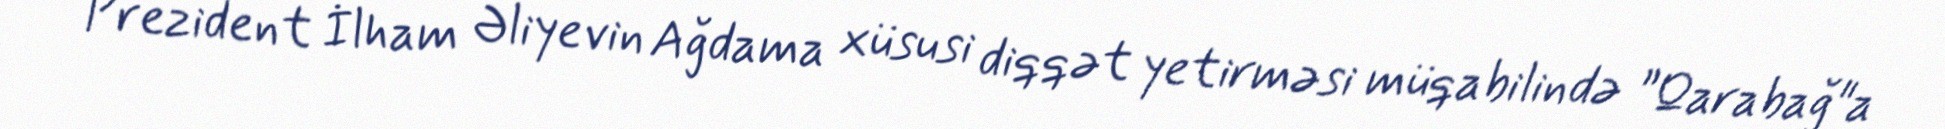
Prezident İlham Əliyevin Ağdama xüsusi diqqət yetirməsi müqabilində ”Qarabağ"a